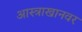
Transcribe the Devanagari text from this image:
आस्त्राखानवर